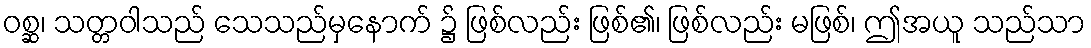
ဝစ္ဆ၊ သတ္တဝါသည် သေသည်မှနောက် ၌ ဖြစ်လည်း ဖြစ်၏၊ ဖြစ်လည်း မဖြစ်၊ ဤအယူ သည်သာ